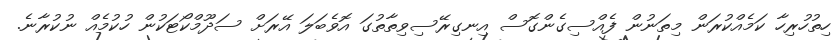
ހިތުހުރިހާ ކަމެއްކުރަން މިތަނުން ފެއްސިގެންގޮސް އިނގިރޭސިވިތާތުގަ އޮވެބަލަ އޭރަށް ސަދޫމްކޯޓަކުން ހުކުމެއް ނުކުރާނެ.